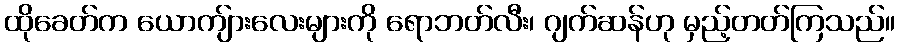
ထိုခေတ်က ယောကျ်ားလေးများကို ရောဘတ်လီး၊ ဂျက်ဆန်ဟု မှည့်တတ်ကြသည်။